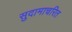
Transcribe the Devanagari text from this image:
सुदामाचरित